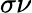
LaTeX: \sigma\nu